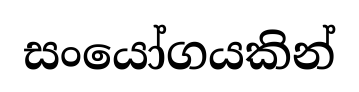
සංයෝගයකින්